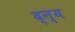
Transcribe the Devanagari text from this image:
द्न्य